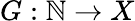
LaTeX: G:\mathbb{N}\rightarrow X